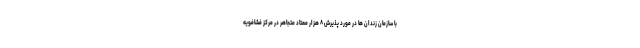
با سازمان زندان ها در مورد پذیرش ۸ هزار معتاد متجاهر در مرکز فشافویه